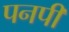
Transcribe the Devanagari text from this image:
पनपीं